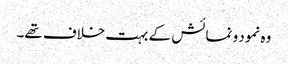
وہ نمود و نمائش کے بہت خلاف تھے۔